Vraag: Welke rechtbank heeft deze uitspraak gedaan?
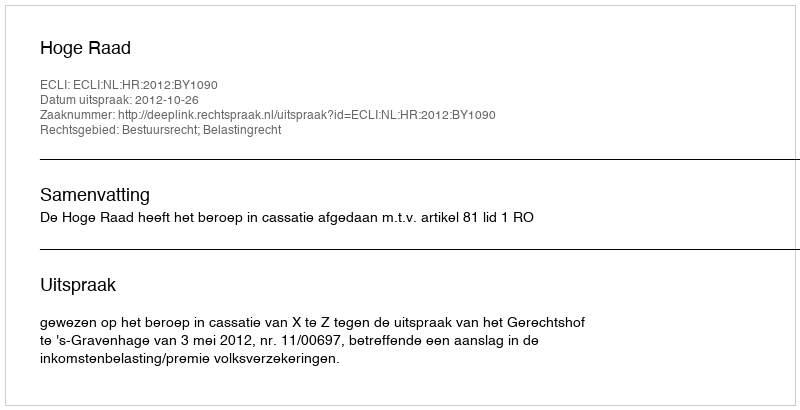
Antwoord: Hoge Raad